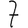
Digit: 7